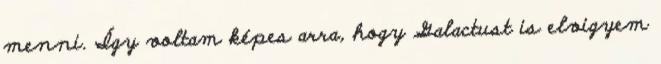
menni. Így voltam képes arra, hogy Galactust is elvigyem